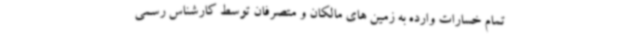
تمام خسارات وارده به زمین های مالکان و متصرفان توسط کارشناس رسمی